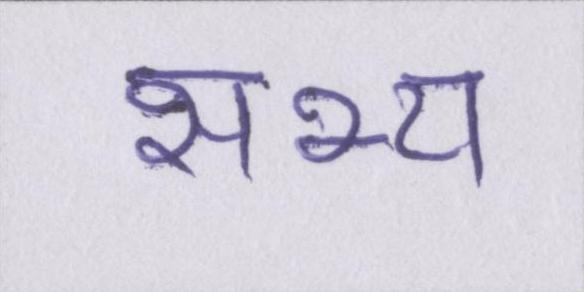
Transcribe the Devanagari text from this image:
सभ्य